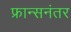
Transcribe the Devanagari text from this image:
फ्रान्सनंतर